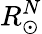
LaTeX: R_{\odot}^{N}